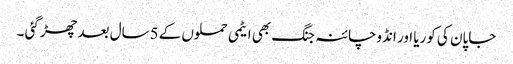
جاپان کی کوریا اور انڈوچائنہ جنگ بھی ایٹمی حملوں کے 5سال بعد چھڑ گئی ۔